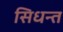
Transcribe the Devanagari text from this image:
सिधन्त